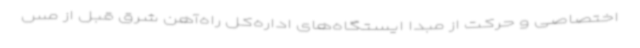
اختصاصی و حرکت از مبدا ایستگاه‌های اداره‌کل راه‌آهن شرق قبل از مس